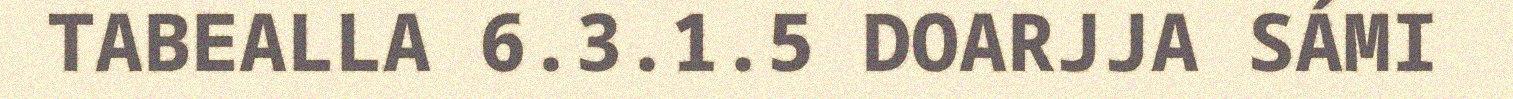
TABEALLA 6.3.1.5 DOARJJA SÁMI